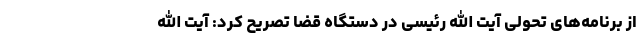
از برنامه‌های تحولی آیت الله رئیسی در دستگاه قضا تصریح کرد: آیت الله